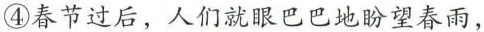
④春节过后，人们就眼巴巴地望春雨，